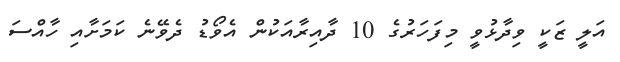
އަލީ ޒަކީ ވިދާޅުވީ މިފަހަރުގެ 10 ދާއިރާއަކުން އެވޯޑު ދެވޭނެ ކަމަށާއި ހާއްސަ